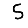
Digit: 5